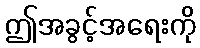
ဤအခွင့်အရေးကို